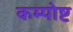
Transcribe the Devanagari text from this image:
कम्पोष्ट